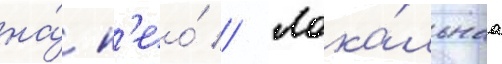
на́ н'ео́ // Лока́льнаа